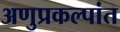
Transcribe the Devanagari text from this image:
अणुप्रकल्पांत